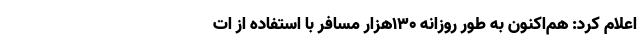
اعلام کرد: هم‌اکنون به‌ طور روزانه ۱۳۰هزار مسافر با استفاده از ات